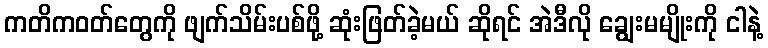
ကတိကဝတ်တွေကို ဖျက်သိမ်းပစ်ဖို့ ဆုံးဖြတ်ခဲ့မယ် ဆိုရင် အဲဒီလို ချွေးမမျိုးကို ငါနဲ့